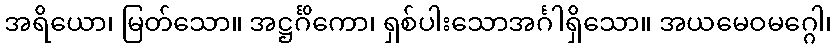
အရိယော၊ မြတ်သော။ အဋ္ဌင်္ဂိကော၊ ရှစ်ပါးသောအင်္ဂါရှိသော။ အယမေဝမဂ္ဂေါ၊